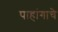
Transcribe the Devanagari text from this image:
पाहांगाचे